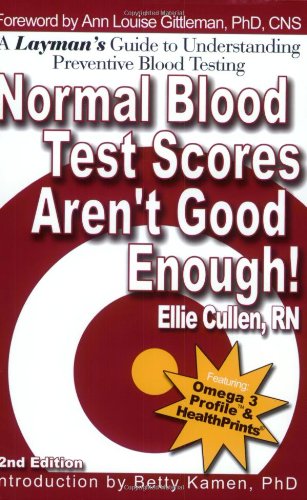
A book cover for Normal Blood Test Scores Aren't Good Enough!; Ellie Cullen; Health, Fitness & Dieting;